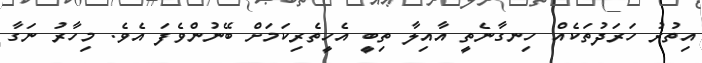
އިތުރު ހަރަދުތަކެއް ހިނގާނެތީ އާއިލާ ތިބީ އެހީތެރިކަމަށް ބޭނުންވެފަ އެވެ. މިހާރު ނަގާ